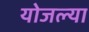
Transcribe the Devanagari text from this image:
योजल्या